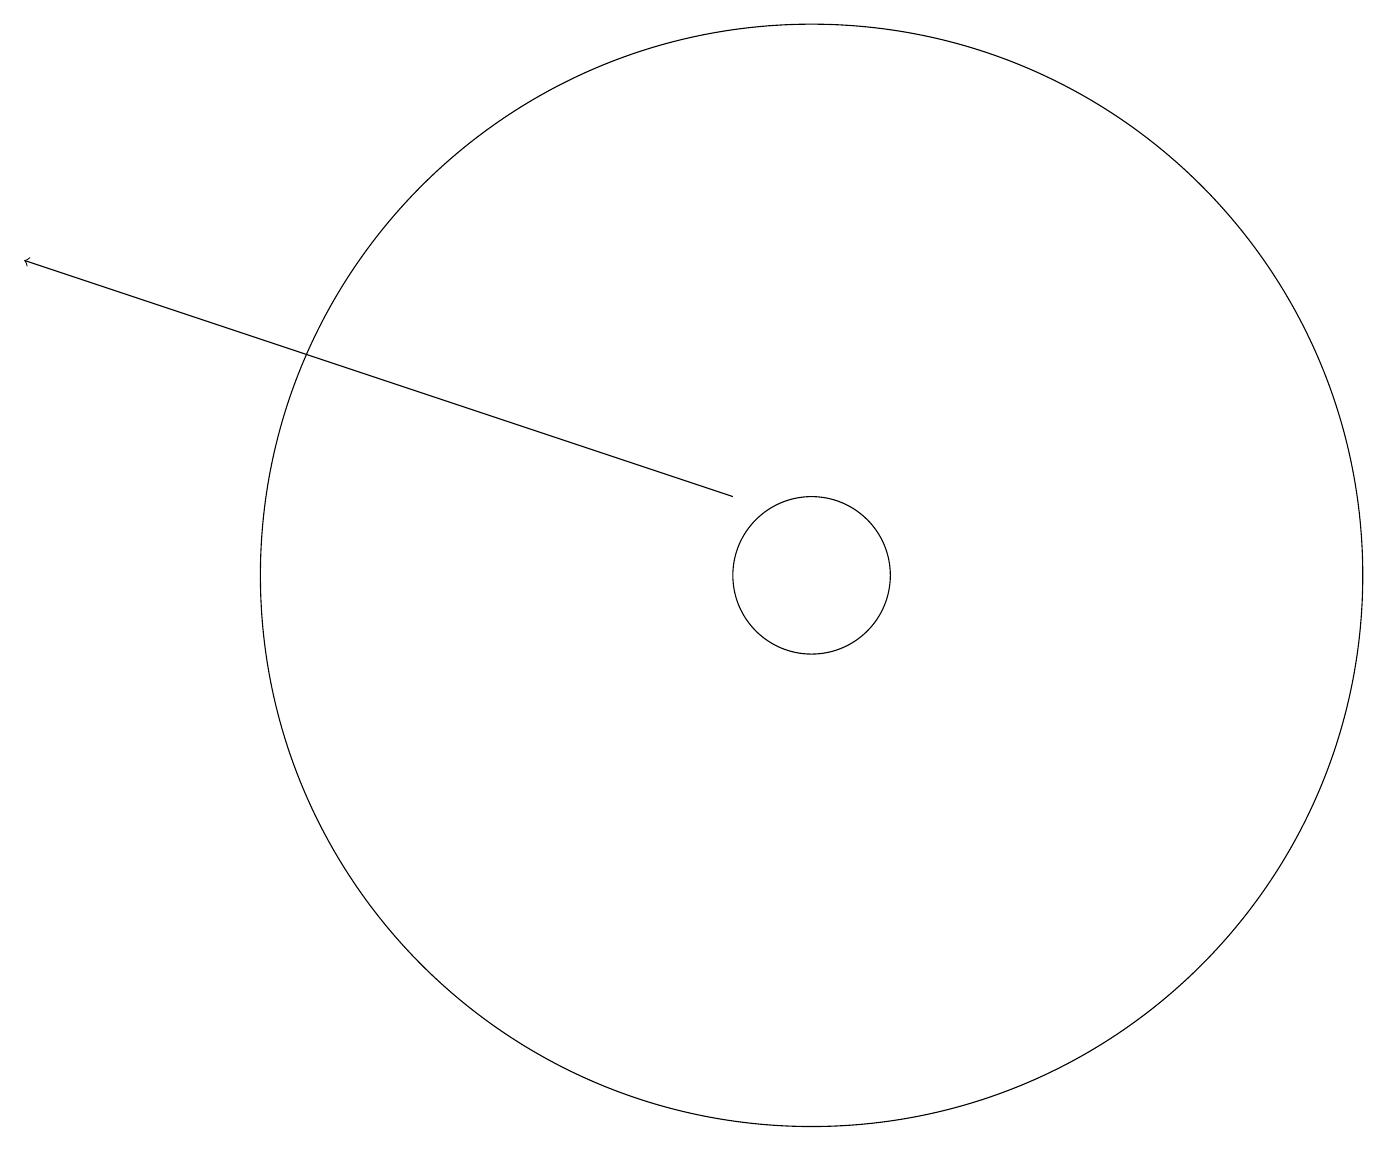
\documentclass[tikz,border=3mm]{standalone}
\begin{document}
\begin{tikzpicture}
\draw (10,11) circle (1);
\draw[->] (9,12) -- (0,15);
\draw (10,11) circle (7);
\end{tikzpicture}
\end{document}